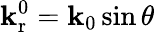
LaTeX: \mathbf{k}_{\mathrm{{r}}}^{0}=\mathbf{k}_{0}\sin\theta